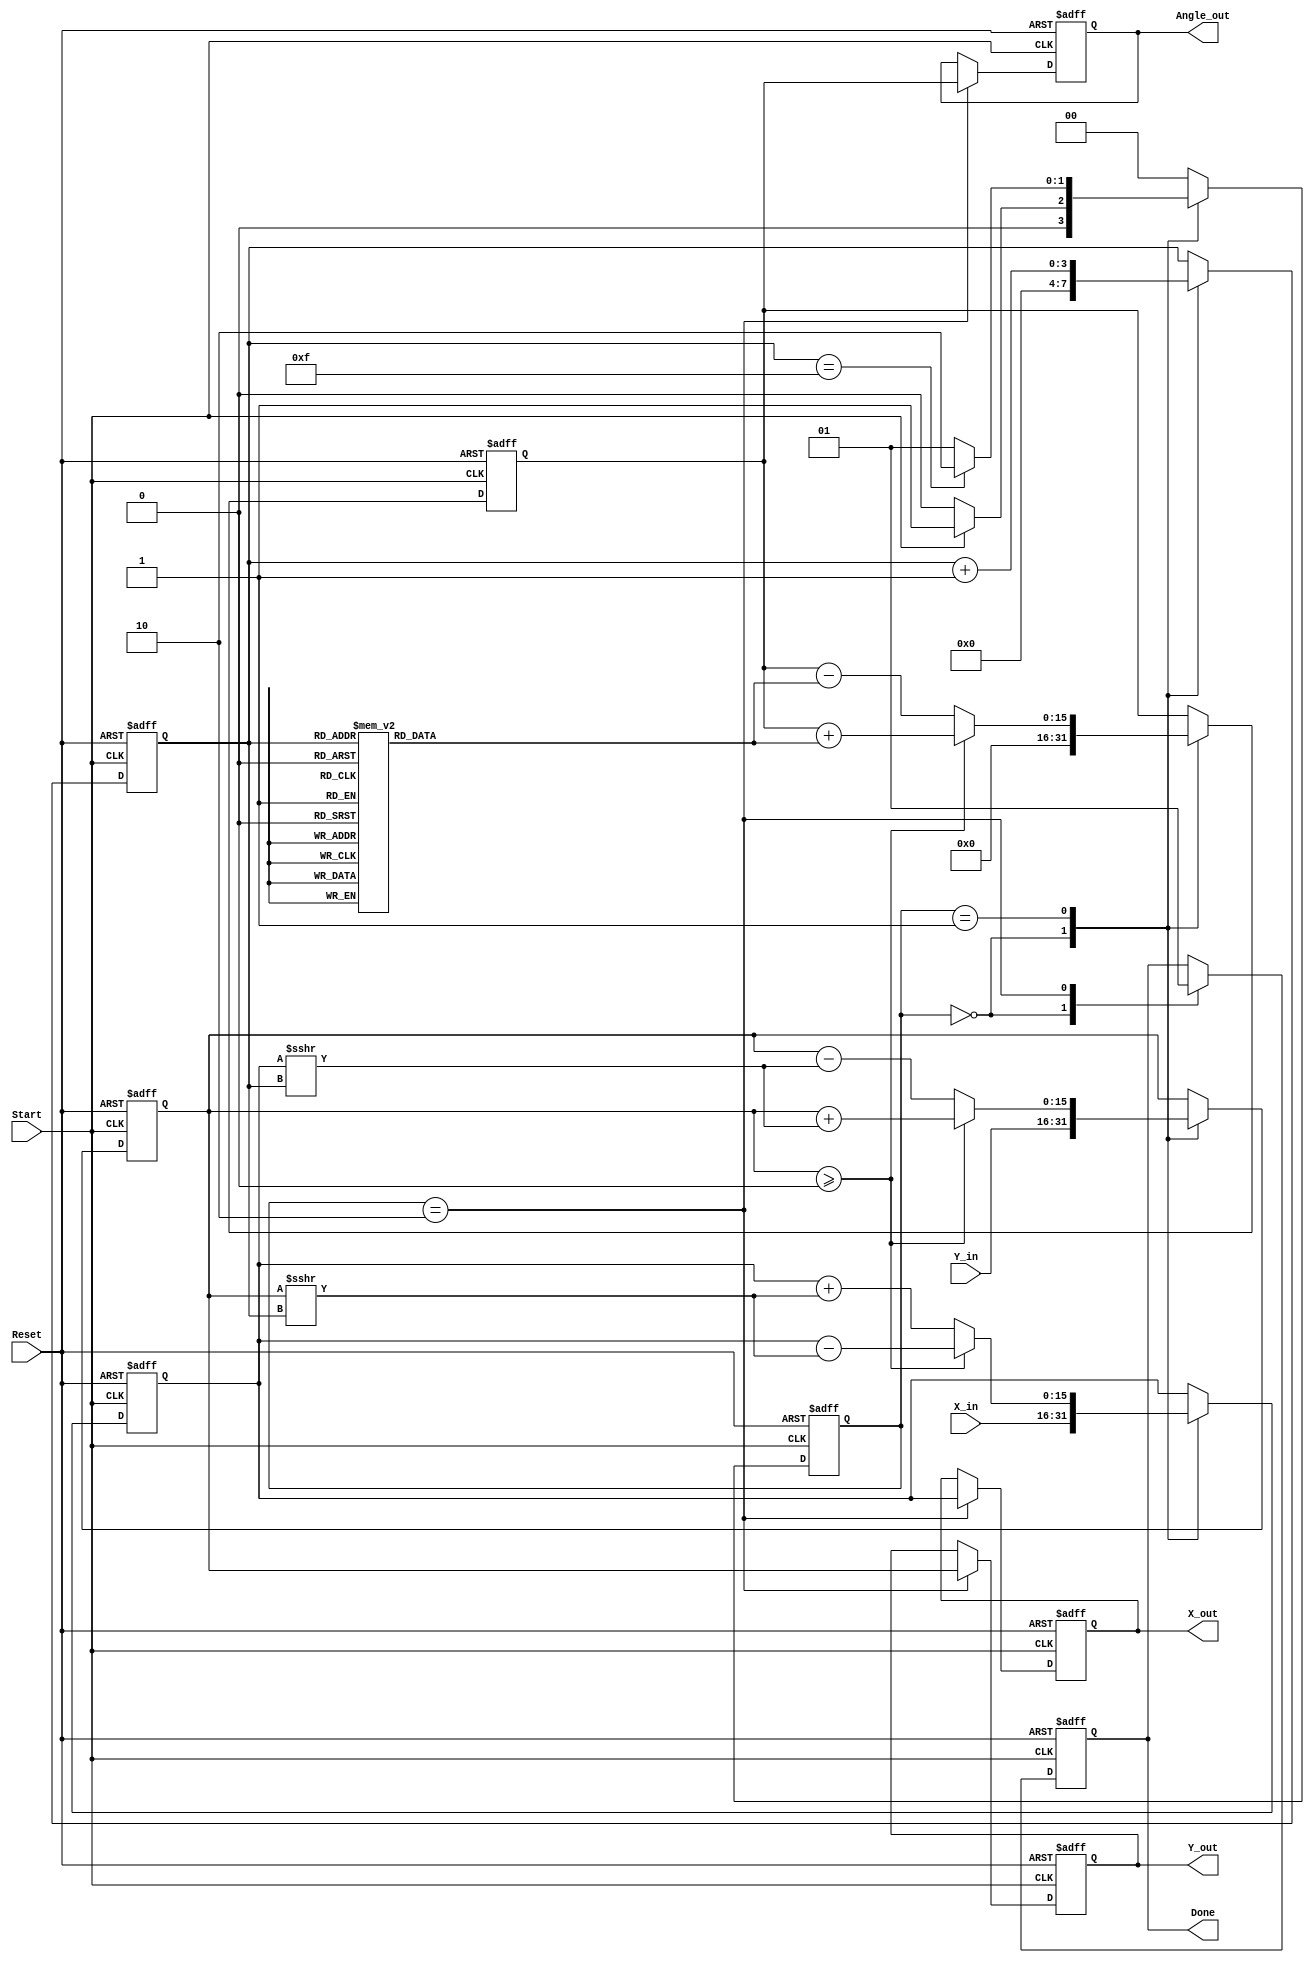
module vectoring_cordic (
    input wire signed [15:0] X_in,      // Input x-coordinate
    input wire signed [15:0] Y_in,      // Input y-coordinate
    input wire Start,                   // Start signal
    input wire Reset,                   // Asynchronous reset
    output reg signed [15:0] Angle_out, // Output angle
    output reg signed [15:0] X_out,     // Final x-coordinate
    output reg signed [15:0] Y_out,     // Final y-coordinate
    output reg Done                     // Completion signal
);

    // Internal registers
    reg signed [15:0] X_reg;
    reg signed [15:0] Y_reg;
    reg signed [15:0] Angle_reg;
    reg [3:0] Iteration_count;           // Counter for iterations
    reg [1:0] state;                     // FSM state
    reg [1:0] next_state;

    // CORDIC angle lookup table (atan(2^-i) for i=0 to 15)
    reg signed [15:0] atan_table [0:15];
    initial begin
        atan_table[0] = 16'h2000; // atan(1) = 45 degrees in fixed-point
        atan_table[1] = 16'h1000; // atan(1/2)
        atan_table[2] = 16'h0800; // atan(1/4)
        atan_table[3] = 16'h0400; // atan(1/8)
        atan_table[4] = 16'h0200; // atan(1/16)
        atan_table[5] = 16'h0100; // atan(1/32)
        atan_table[6] = 16'h0080; // atan(1/64)
        atan_table[7] = 16'h0040; // atan(1/128)
        atan_table[8] = 16'h0020; // atan(1/256)
        atan_table[9] = 16'h0010; // atan(1/512)
        atan_table[10] = 16'h0008; // atan(1/1024)
        atan_table[11] = 16'h0004; // atan(1/2048)
        atan_table[12] = 16'h0002; // atan(1/4096)
        atan_table[13] = 16'h0001; // atan(1/8192)
        atan_table[14] = 16'h0000; // atan(1/16384)
        atan_table[15] = 16'h0000; // atan(1/32768)
    end

    // FSM states
    localparam IDLE = 2'b00;
    localparam COMPUTE = 2'b01;
    localparam DONE_STATE = 2'b10;

    // State transition logic
    always @(posedge Start or posedge Reset) begin
        if (Reset) begin
            state <= IDLE;
        end else begin
            state <= next_state;
        end
    end

    // Next state logic
    always @(*) begin
        case (state)
            IDLE: begin
                if (Start) begin
                    next_state = COMPUTE;
                end else begin
                    next_state = IDLE;
                end
            end
            COMPUTE: begin
                if (Iteration_count == 15) begin
                    next_state = DONE_STATE;
                end else begin
                    next_state = COMPUTE;
                end
            end
            DONE_STATE: begin
                next_state = IDLE; // Return to IDLE after done
            end
            default: next_state = IDLE;
        endcase
    end

    // CORDIC computation logic
    always @(posedge Start or posedge Reset) begin
        if (Reset) begin
            X_reg <= 0;
            Y_reg <= 0;
            Angle_reg <= 0;
            Iteration_count <= 0;
            Done <= 0;
            X_out <= 0;
            Y_out <= 0;
            Angle_out <= 0;
        end else begin
            case (state)
                IDLE: begin
                    // Initialize registers at the start
                    X_reg <= X_in;
                    Y_reg <= Y_in;
                    Angle_reg <= 0;
                    Iteration_count <= 0;
                    Done <= 0;
                end
                COMPUTE: begin
                    // Perform CORDIC iterations
                    if (Y_reg >= 0) begin
                        // Rotate clockwise
                        X_reg <= X_reg - (Y_reg >>> Iteration_count);
                        Y_reg <= Y_reg + (X_reg >>> Iteration_count);
                        Angle_reg <= Angle_reg + atan_table[Iteration_count];
                    end else begin
                        // Rotate counterclockwise
                        X_reg <= X_reg + (Y_reg >>> Iteration_count);
                        Y_reg <= Y_reg - (X_reg >>> Iteration_count);
                        Angle_reg <= Angle_reg - atan_table[Iteration_count];
                    end

                    // Increment iteration count
                    Iteration_count <= Iteration_count + 1;
                end
                DONE_STATE: begin
                    // Output results and signal done
                    X_out <= X_reg;
                    Y_out <= Y_reg;
                    Angle_out <= Angle_reg;
                    Done <= 1;
                end
            endcase
        end
    end

endmodule